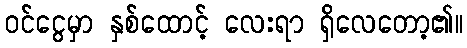
ဝင်ငွေမှာ နှစ်ထောင့် လေးရာ ရှိလေတော့၏။